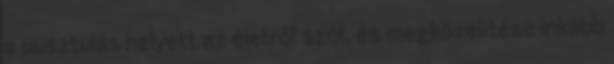
a pusztulás helyett az életről szól, és megközelítése inkább